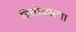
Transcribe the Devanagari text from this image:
त्रिलोकात्मा